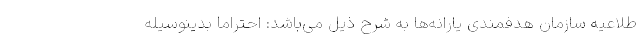
طلاعیه سازمان هدفمندی یارانه‌ها به شرح ذیل می‌باشد: احتراماً بدینوسیله